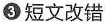
3 短文改错